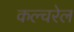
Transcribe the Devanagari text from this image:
कल्चरेल